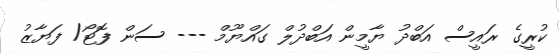
ކުރީގެ ރައީސް އަބްދު ޔާމީން އަބްދުލް ގައްޔޫމް --- ސަން ފޮޓޯ/ ފަޔާޒު